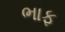
ભાફ